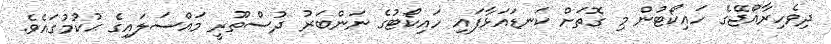
ދިވެހިރާއްޖޭގެ ހައިކޯޓުން މި ގޮތަށް ކަނޑައަޅާފައި ހައިކޯޓުގެ ނަންބަރު ދުސްތޫރީ މައްސަލައިގެ ޙުކުމުގައެވެ.